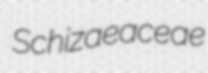
Schizaeaceae